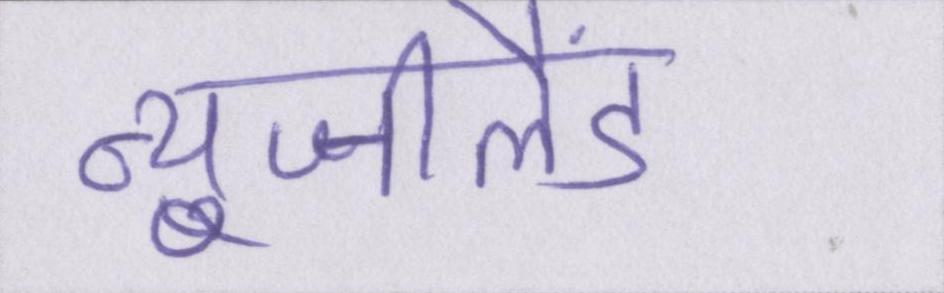
न्यूजीलैंड